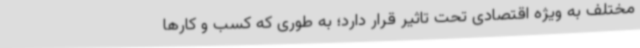
مختلف به ویژه اقتصادی تحت تاثیر قرار دارد؛ به طوری که کسب و کارها